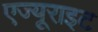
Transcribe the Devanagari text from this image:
एज्यूराइट